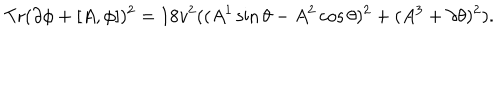
\mathrm { T r } ( \partial \phi + [ A , \phi ] ) ^ { 2 } = 1 8 v ^ { 2 } ( ( A ^ { 1 } \sin \theta - A ^ { 2 } \cos \theta ) ^ { 2 } + ( A ^ { 3 } + \partial \theta ) ^ { 2 } ) .